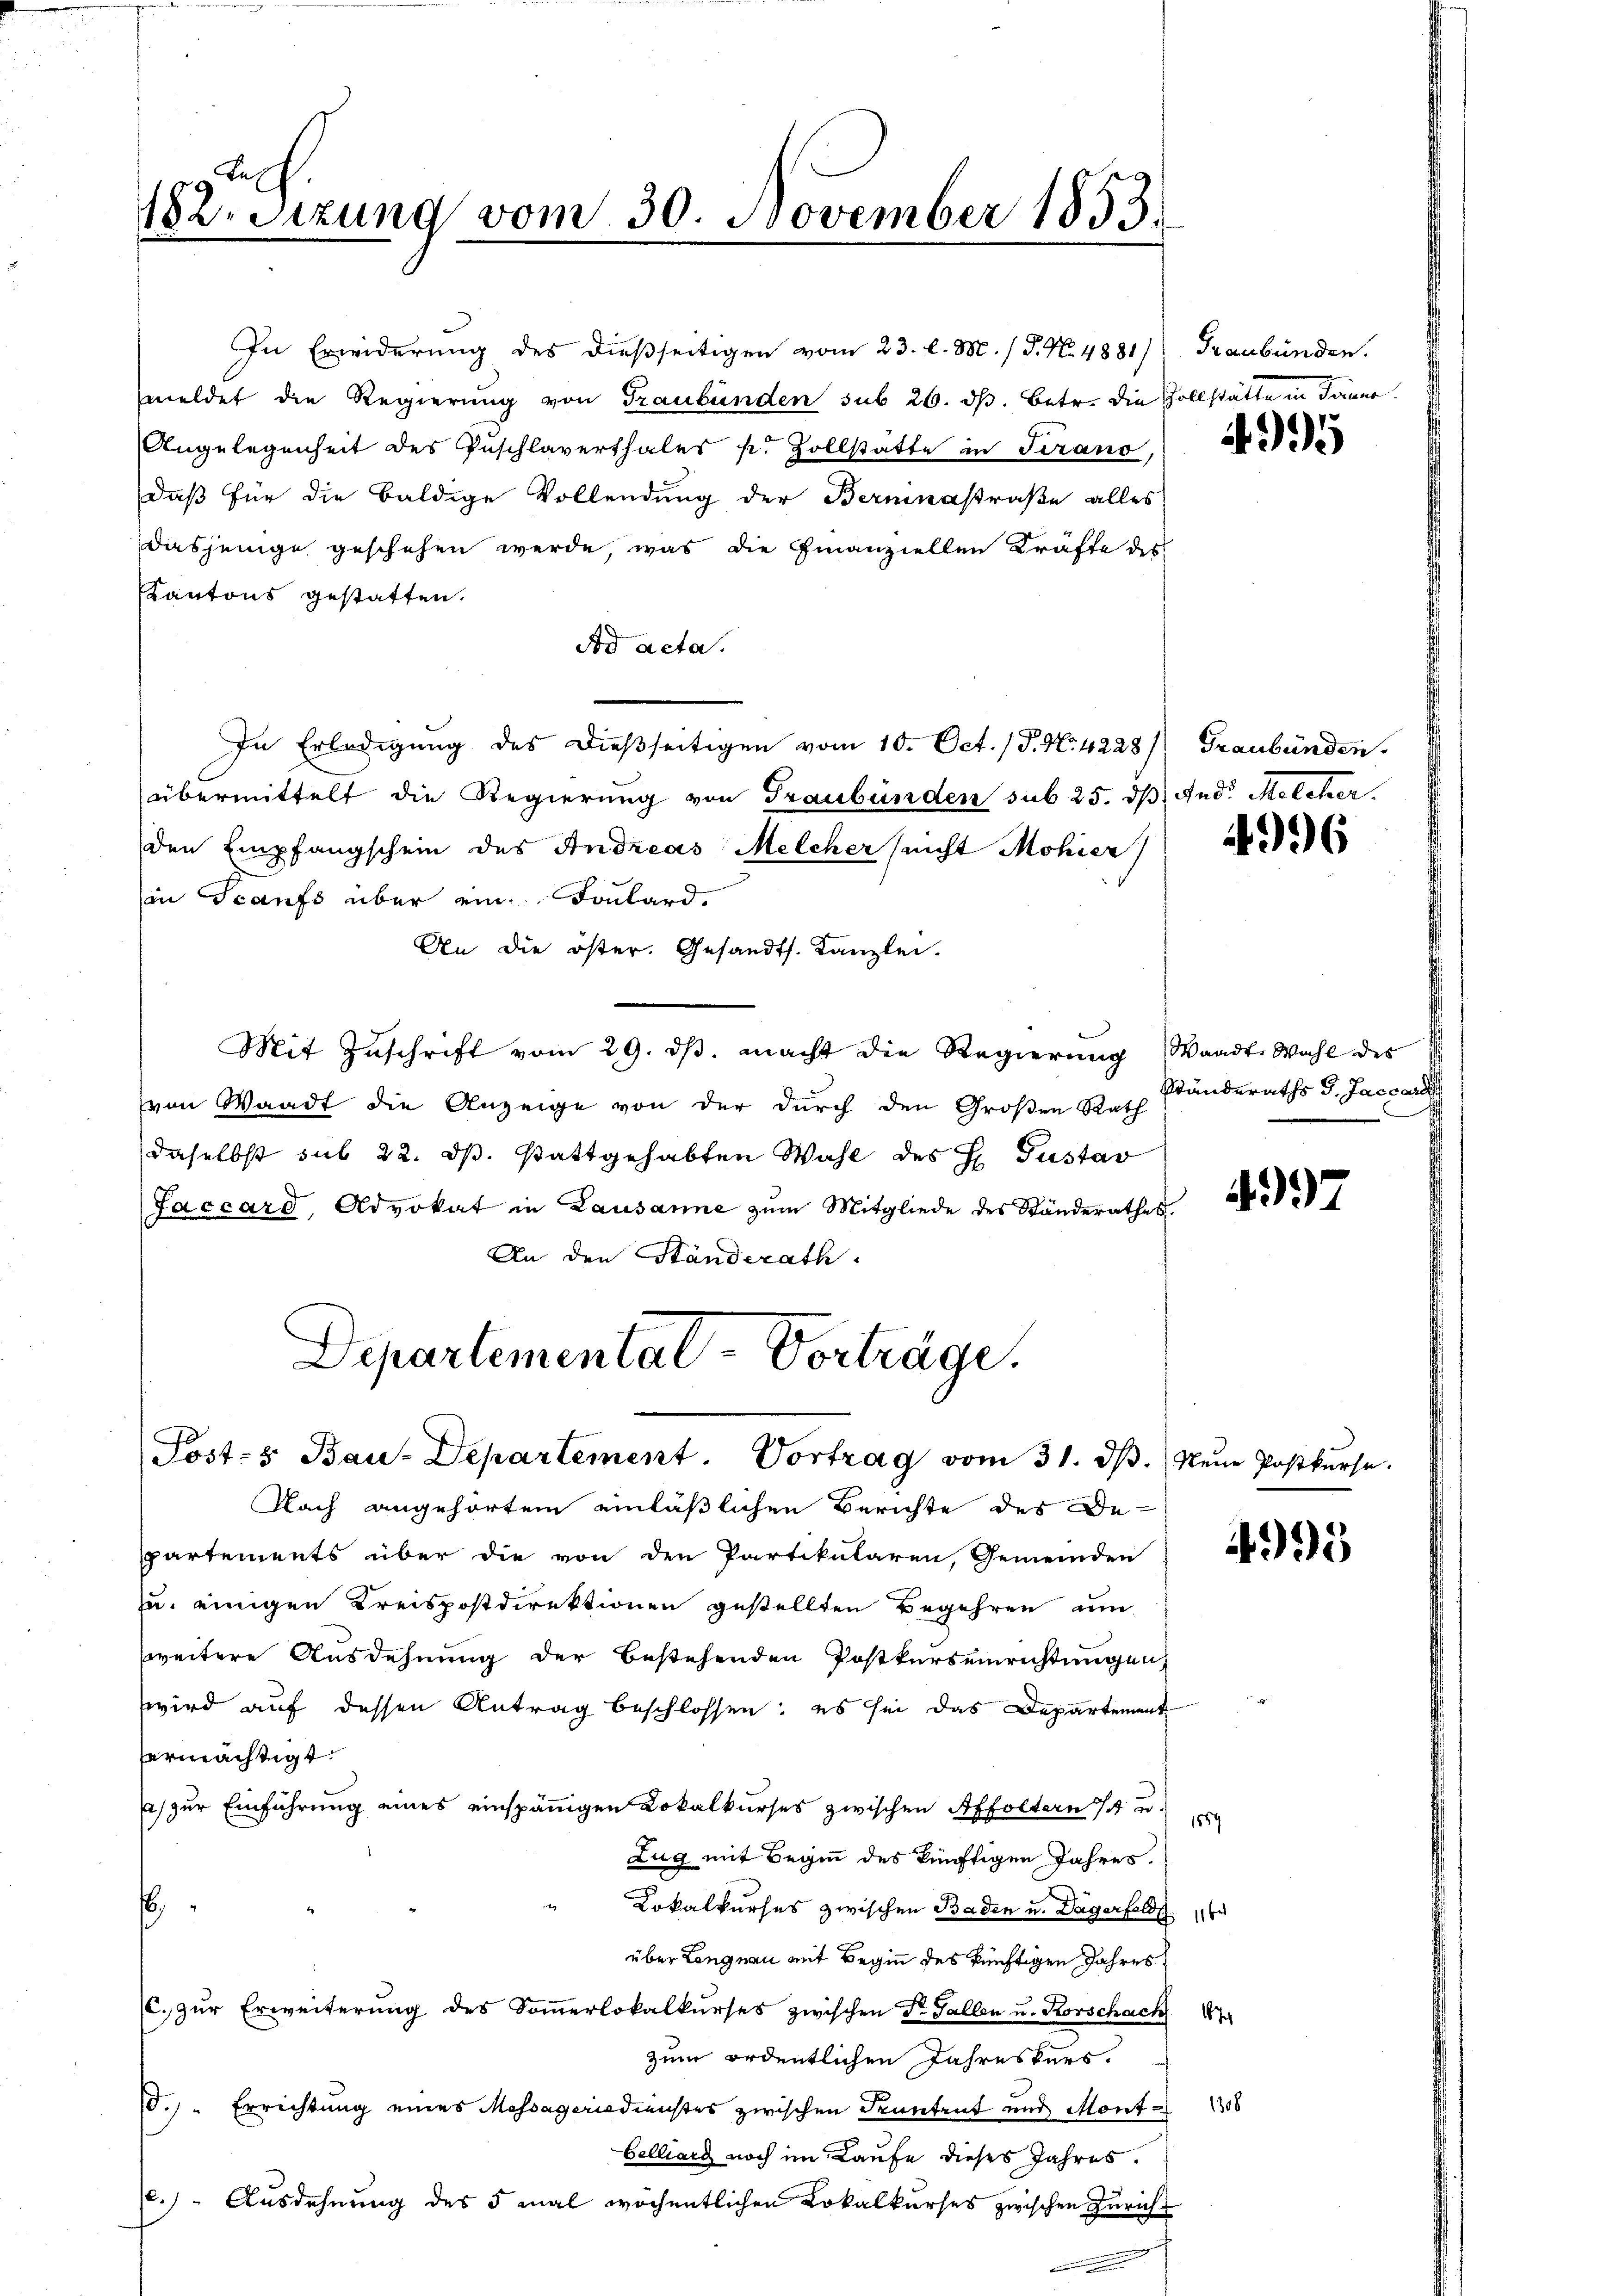
Lech.
182. Sitzung vom 30. November 1853.

In Erwiderung des dießseitigen vom 23. l. M. / P. No. 4881) Graubünden.
meldet die Regierung von Graubünden sub 26. ds. Betr. die Zollstätte in Tanne
Angelegenheit des Zuschlaverthales k. Zollstatte in Terano,
daß für die baldige Vollendung der Bermnastraße alles
dasjenige geschehen werde, was die Finanziellen Kräfte des
Kantons gestatten.
Fod acta.
In Erledigung des dießseitigen vom 10. Oct. (T. N. 4228) Graubünden
übermittelt die Regierŭng von Graubünden sub 25. dβ And. Melcher.
den Empfangschein des Andreas Melcher (nicht Mohrer
in Scanfs über ein Fonlard.
An die öster. Gesandts. Kanzlei.
Mit Zuschrift vom 29. ds. macht die Regierung Waadt, Wahl des
von Waadt die Anzeige von der durch den Großen Rath
daselbst sub 22. ds. stattgehabten Wahl des H. Gustav
Jaccard, Advokat in Lausanne zum Mitgliede des Ständerathes.
An den Ständerath

Departementat-Vorträge.
Post- & Bau-Departement. Vortrag vom 31. dβ.  Neue Postkŭrse.

Nach angehörtem einläßlichen Berichte des De-
spartements über die von den Partikularen, Gemeinden 24 des
zu einigen Kreispostdirektionen gestellten Begehren um
weitere Ausdehnung der bestehenden Postkurseinrichtungen
wird auf dessen Antrag beschlossen; es sei das Departement
ermächtigt.
a) zur Einführung eines einspännigen Dokalkurses zwischen Affoltern / u.
1859
Zug mit Beginn des künftigen Jahres.
.
Lokalkurses zwischen Baden u. Dagerfeldt
über Langnau mit Beginn des künftigen Jahres
C. zur Erweiterung des Soṁerlokalkurses zwischen Dr. Gallen u. Rorschach 17
zum ordentlichen Jahreskurs.
10.) " Errichtung eines Massagerisdienstes zwischen Pruntrut und Mont. 1308
Belliarg noch im Laufe dieses Jahres.
e.) Ausdehnung des 5 mal wöchentlichen Lokalkurses zwischen Zürich¬

995

4996

Ständeraths d. Jacoan

4997